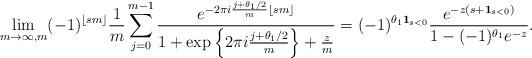
LaTeX: \begin{align*} \lim_{ m \to \infty, m } (-1)^{ \lfloor sm \rfloor} \frac{1}{m} \sum_{ j = 0}^{m-1} \frac{ e^{ - 2 \pi i \frac{ j + \theta_1/2}{m} \lfloor sm \rfloor } }{ 1 + \exp \left\{ 2 \pi i \frac{ j + \theta_1 /2}{ m } \right\} + \frac{ z}{m} } = (-1)^{ \theta_1 \mathbf{1}_{ s < 0 } } \frac{ e^{ - z (s+\mathbf{1}_{s < 0}) } }{ 1 - (-1)^{\theta_1} e^{-z} }.\end{align*}